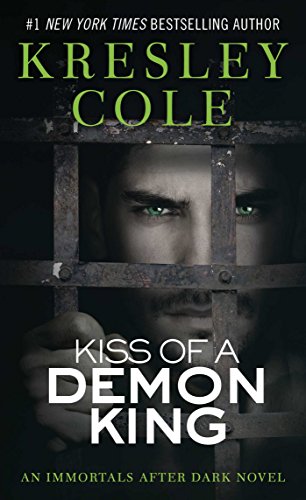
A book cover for Kiss of a Demon King (Immortals After Dark, Book 6); Kresley Cole; Romance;